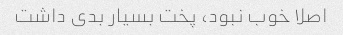
اصلا خوب نبود، پخت بسیار بدی داشت